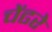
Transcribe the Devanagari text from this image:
चेंढरे